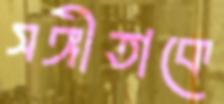
সঙ্গীতাকে